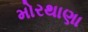
મોરથાણા